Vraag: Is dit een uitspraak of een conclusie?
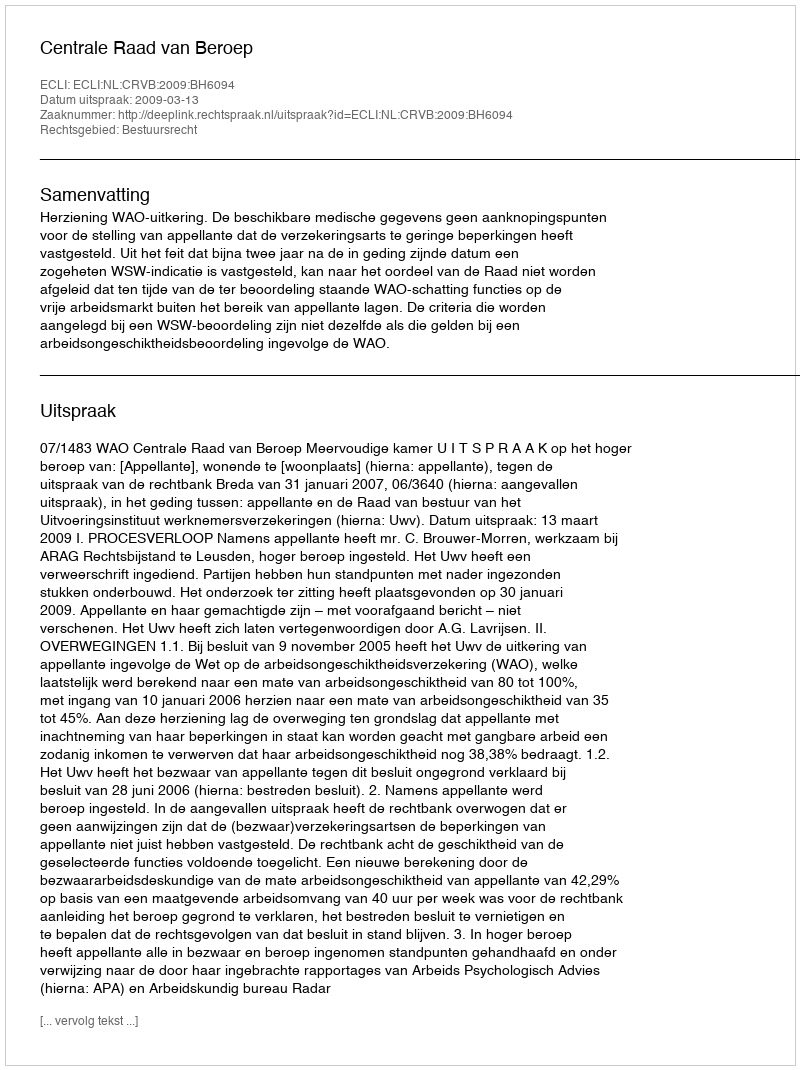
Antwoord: Uitspraak